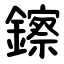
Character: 鑔